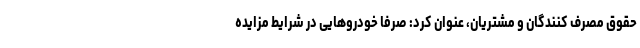
حقوق مصرف کنندگان و مشتریان، عنوان کرد: صرفا خودروهایی در شرایط مزایده